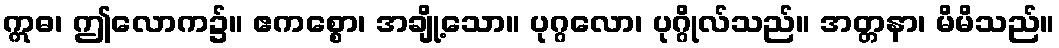
ဣဓ၊ ဤလောက၌။ ဧကစ္စော၊ အချို့သော။ ပုဂ္ဂလော၊ ပုဂ္ဂိုလ်သည်။ အတ္တနာ၊ မိမိသည်။